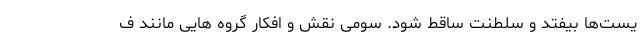
یست‌ها بیفتد و سلطنت ساقط شود. سومی نقش و افکار گروه هایی مانند ف